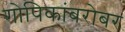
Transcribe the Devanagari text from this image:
गोपिकांबरोबर